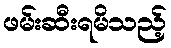
ဖမ်းဆီးရမိသည့်